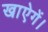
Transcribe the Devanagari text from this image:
खाऐगें।